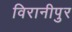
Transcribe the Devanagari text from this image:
विरानीपुर